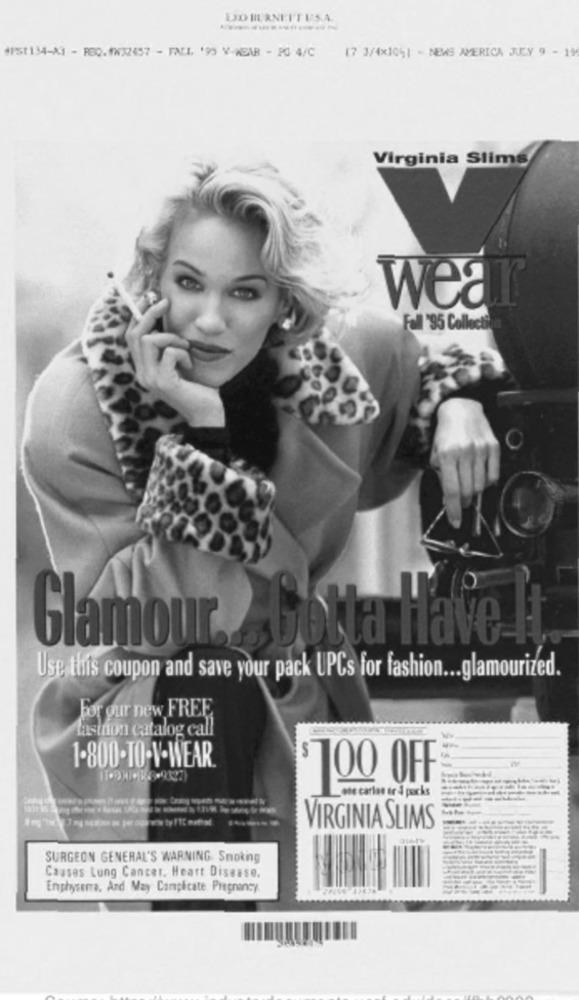
LO BURNPITUSA
4151134-A3 - PEQ. WW32457 - FALL '90 V-WEAR - PO 4/C (7 3/4×1051 - NEWS AMERICA JUCY 9 - 14
Virginia Slims
wear
Fall '95 Collecti
Glamour. Gotta Have It
Use this coupon and save your pack UPCs for fashion ... glamourized.
For our new FREE
fastnon catalog call
1.800.TO-V-WEAR
700 OFF
Lote carlos er 4 packs
VIRGINIA SLIMS
SURGEON GENERAL'S WARNING. Smoking
Causes Lung Cancer. Heart Disease.
Enphyserra, And May Complicate Pregnancy